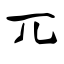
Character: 兀